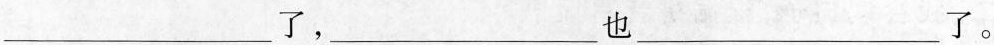
___了，___也___了。